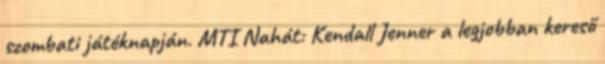
szombati játéknapján. MTI Nahát: Kendall Jenner a legjobban kereső